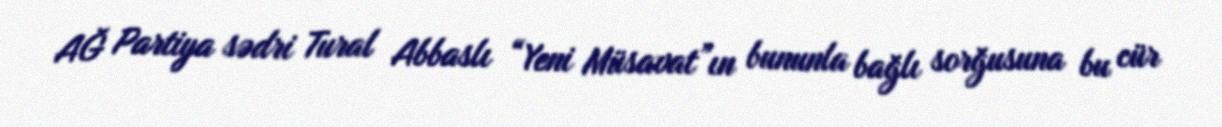
AĞ Partiya sədri Tural Abbaslı “Yeni Müsavat”ın bununla bağlı sorğusuna bu cür